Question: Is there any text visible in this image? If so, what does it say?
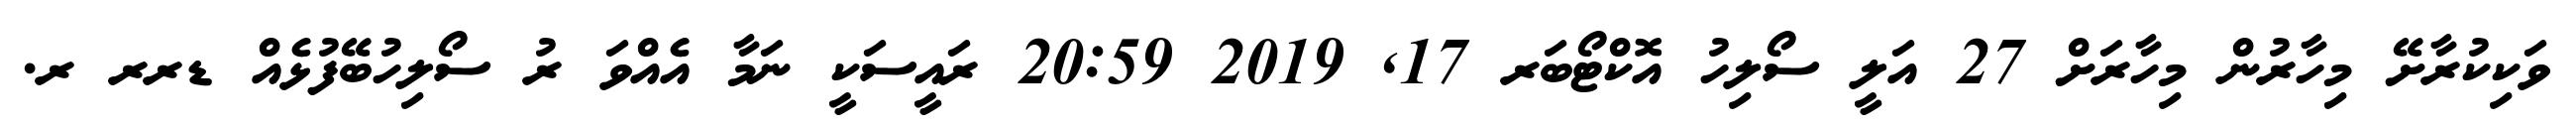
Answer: ވަކިކުރާށޭ މިހާރުން މިހާރަށް 27 އަލީ ސޯލިހު އޮކްޓޯބަރ 17, 2019 20:59 ރައީސަކީ ނަމާ އެއްވަ ރު ސޯލިހުބޭފުޅެއް ޑރރ ރ.